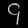
Digit: ၄